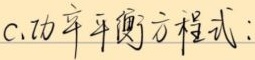
c.功率平衡方程式：